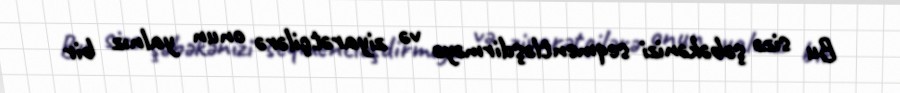
Bu sizə şəbəkənizi seqmentləşdirməyə və ziyarətçilərə onun yalnız bir